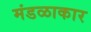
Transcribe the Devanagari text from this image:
मंडळाकार